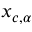
x _ { c , \alpha }